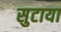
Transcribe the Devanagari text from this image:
सुटाया